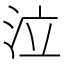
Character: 泣